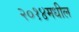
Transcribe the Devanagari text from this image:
२०१४मधील